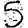
Digit: 5